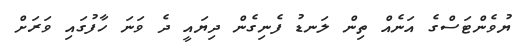
ޔުވެންޓަސްގެ އަނެއް ތިން ލަނޑު ފެނިގެން ދިޔައީ ދެ ވަނަ ހާފުގައި ވަރަށް